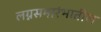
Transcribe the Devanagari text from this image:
लग्नसमारंभातील